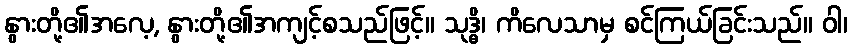
နွားတို့၏အလေ့, နွားတို့၏အကျင့်စသည်ဖြင့်။ သုဒ္ဓိ၊ ကိလေသာမှ စင်ကြယ်ခြင်းသည်။ ဝါ၊